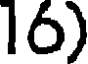
16)